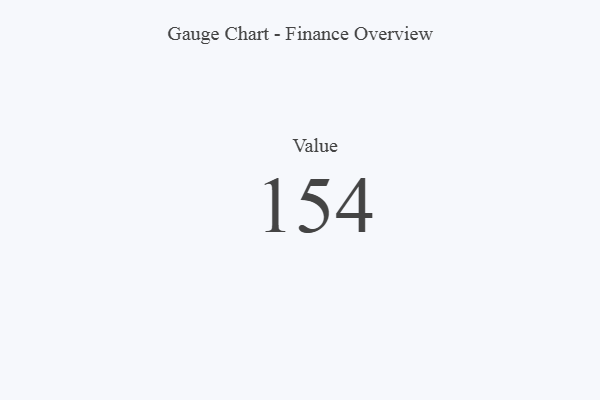
{"axis": {"x": "Metric", "y": "Value"}, "legend": [""], "data": [{"x": "Value", "y": 154, "type": ""}]}